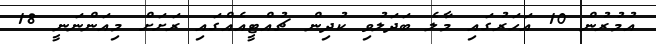
އުމުރުން 10 އަހަރުގައި މާލެ ބަދަލުވި ކުދިން ޗުއްޓީއެއްގައި ރަށަށް މިއަންނަނީ 18